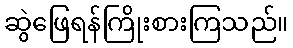
ဆွဲဖြေရန်ကြိုးစားကြသည်။